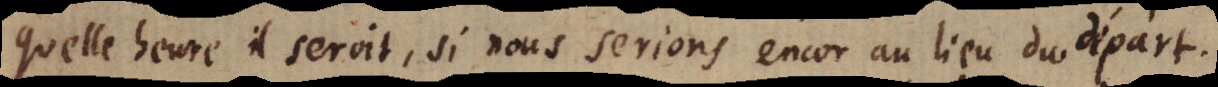
quelle heure il seroit, si nous serions encor au lieu du départ.